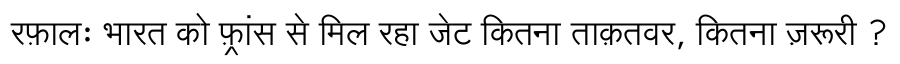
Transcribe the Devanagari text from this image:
रफ़ालः भारत को फ़्रांस से मिल रहा जेट कितना ताक़तवर, कितना ज़रूरी ?